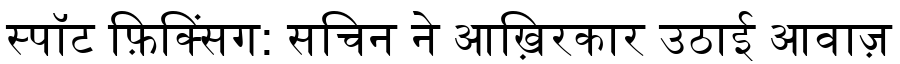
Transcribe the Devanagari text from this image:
स्पॉट फ़िक्सिंग: सचिन ने आख़िरकार उठाई आवाज़